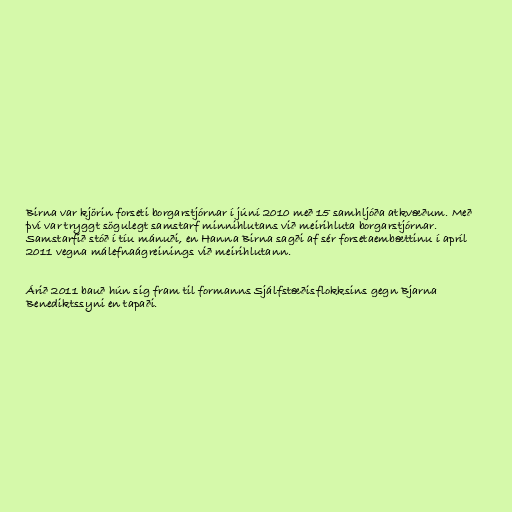
Birna var kjörin forseti borgarstjórnar í júní 2010 með 15 samhljóða atkvæðum. Með
því var tryggt sögulegt samstarf minnihlutans við meirihluta borgarstjórnar.
Samstarfið stóð í tíu mánuði, en Hanna Birna sagði af sér forsetaembættinu í apríl
2011 vegna málefnaágreinings við meirihlutann.

Árið 2011 bauð hún sig fram til formanns Sjálfstæðisflokksins gegn Bjarna
Benediktssyni en tapaði.